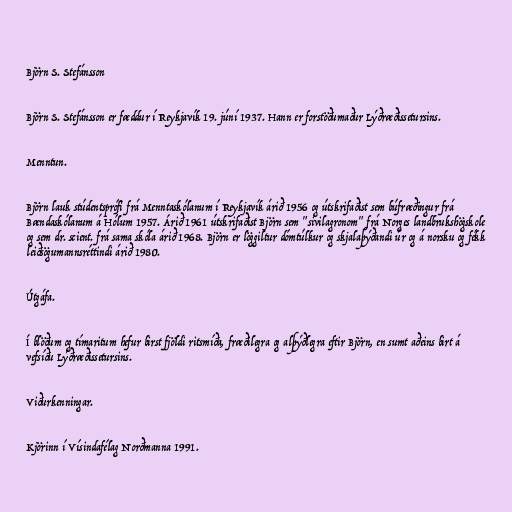
Björn S. Stefánsson

Björn S. Stefánsson er fæddur í Reykjavík 19. júní 1937. Hann er forstöðumaður Lýðræðissetursins.

Menntun.

Björn lauk stúdentsprófi frá Menntaskólanum í Reykjavík árið 1956 og útskrifaðist sem búfræðingur frá
Bændaskólanum á Hólum 1957. Árið 1961 útskrifaðist Björn sem "sivilagronom" frá Norges landbrukshögskole
og sem dr. scient. frá sama skóla árið 1968. Björn er löggiltur dómtúlkur og skjalaþýðandi úr og á norsku og fékk
leiðsögumannsréttindi árið 1980.

Útgáfa.

Í blöðum og tímaritum hefur birst fjöldi ritsmíða, fræðilegra og alþýðlegra eftir Björn, en sumt aðeins birt á
vefsíðu Lýðræðissetursins.

Viðurkenningar.

Kjörinn í Vísindafélag Norðmanna 1991.